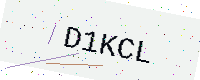
Text: D1KCL